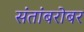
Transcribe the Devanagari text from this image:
संतांबरोबर